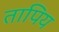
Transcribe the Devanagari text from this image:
तापिय